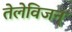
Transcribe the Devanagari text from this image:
तेलेविजन्